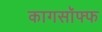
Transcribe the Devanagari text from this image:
कागसॉफ्फ